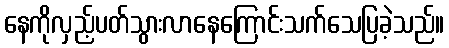
နေကိုလှည့်ပတ်သွားလာနေကြောင်းသက်သေပြခဲ့သည်။